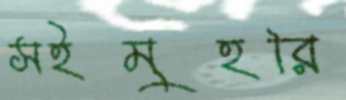
সইমুহরি